Regulations for the medical services of the Army of India
Year: 1930
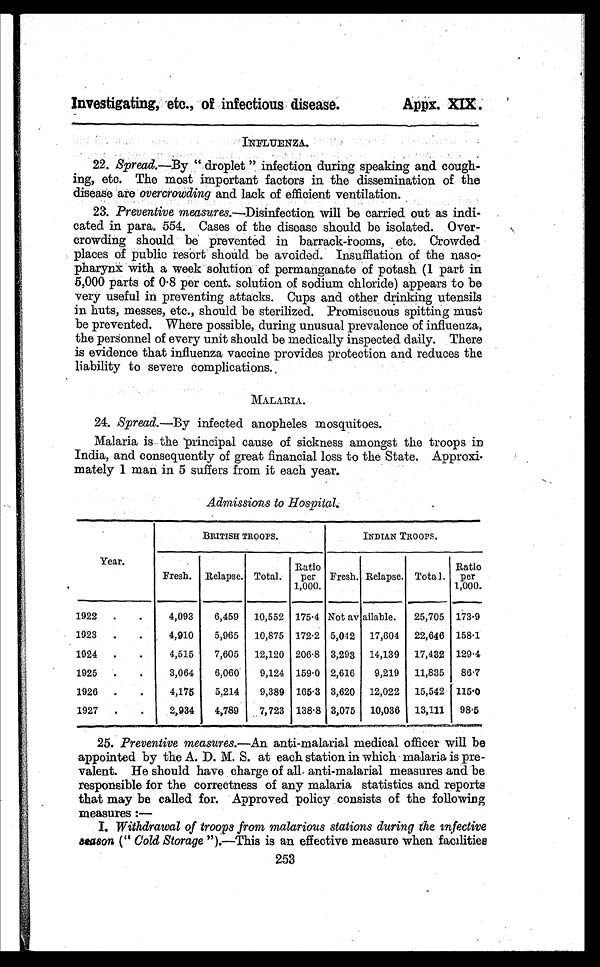
Investigating, etc., of infectious disease.
Appx. XIX.
INFLUENZA.
22. Spread.—By " droplet" infection during speaking and cough--
ing, etc. The most important factors in the dissemination of the
disease are overcrowding and lack of efficient ventilation.
23. Preventive measures.—Disinfection will be carried out as indi
-cated in para. 554. Cases of the disease should be isolated. Over
- c r o w d i n g s h o u l d b e p r e v e n t e d i n b a r r a c k - r o o m s , e t c . C r o w d e d
places of public resort should be avoided. Insufflation of the naso--
pharynx with a week solution of permanganate of potash (1 part in
5 , 0 0 0 p a r t s o f 0 . 8 p e r c e n t . s o l u t i o n o f s o d i u m c h l o r i d e ) a p p e a r s t o b e
very useful i n prevent i ng at t acks. Cups and ot her dri nki ng ut ensi l s
in huts, messes, etc., should be sterilized. Promiscuous spitting must
be prevented. Where possible, during unusual prevalence of influenza,
the personnel of every unit should be medically inspected daily. There
is evidence that influenza vaccine provides protection and reduces the
liability to severe complications.
MALARIA.
24. Spread.—By infected anopheles mosquitoes.
Malaria is the principal cause of sickness amongst the troops in
India, and consequently of great financial loss to the State. Approxi
- m a t e l y 1 m a n i n 5 s u f f e r s f r o m i t e a c h y e a r .
Admissions to Hospital.
Year.
BRITISH TROOPS.
INDIAN TROOPS.
Fresh. Relapse. Total. Ratio per
1,000. Fresh. Relapse. Total. Ratio per
1,000.
1922 . . . 4,093 6,459 10,552 175.4 Not av ailable. 25,705 173.9
1923 . . . 4,910 5,965 10,875 172.2 5,042 17,604 22,646 158.1
1924 . . . 4,515 7,605 12,120 206.8 3,293 14,139 17,432 1 2 9 . 4
1925 . . . 3,064 6,060 9,124 159.0 2,616 9,219 11,835 86.7
1926 . . . 4,175 5,214 9,389 165.3 3,620 12,022 15,542 1 1 5 . 0
1927 . . . 2,934 4,789 7,723 138.8 3,075 10,036 13,111 98.5
25. Preventive measures.—An a n t i - m a l a r i a l m e d i c a l o f f i c e r w i l l b e
appointed by the A. D. M. S. at each station in which malaria is pre
- v a l e n t . H e s h o u l d h a v e c h a r g e o f a l l a n t i - m a l a r i a l m e a s u r e s a n d b e
responsible for the correctness of any malaria statistics and reports
that may be called for. Approved policy consists of the following
measures : —
I . Withdrawal of troops from malarious stations during the infective
season ("Cold Storage ").—This is an effective measure when facilities
253